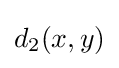
d_{2}(x,y)